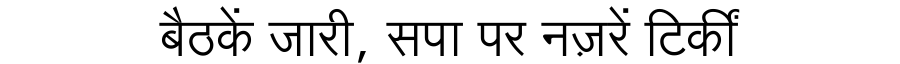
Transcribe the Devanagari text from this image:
बैठकें जारी, सपा पर नज़रें टिकीं